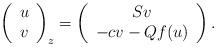
LaTeX: \begin{align*}\left(\begin{array}{c}u\\v\end{array}\right)_z=\left(\begin{array}{c}Sv\\-cv-Qf(u)\end{array}\right).\end{align*}